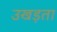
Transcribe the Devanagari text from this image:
उखड़ता